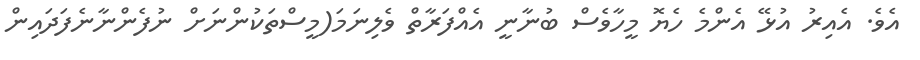
އެވެ. އެއިރު އުޅޭ އެންމެ ހެޔޮ މީހާވެސް ބުނާނީ އެއްފަރާތް ވެލިނަމަ(މީސްތަކުންނަށް ނުފެންނާނެފަދައިން